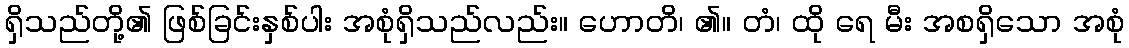
ရှိသည်တို့၏ ဖြစ်ခြင်းနှစ်ပါး အစုံရှိသည်လည်း။ ဟောတိ၊ ၏။ တံ၊ ထို ရေ မီး အစရှိသော အစုံ